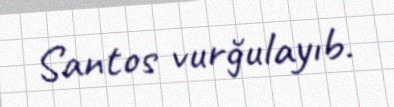
Santos vurğulayıb.